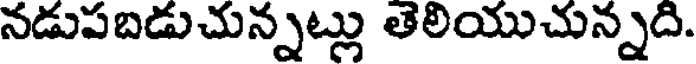
నడుపబడుచున్నట్లు తెలియుచున్నది.